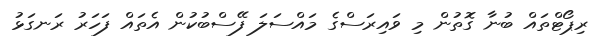
ރިޕޯޓްތައް ބުނާ ގޮތުން މި ވައިރަސްގެ މައްސަލަ ފޭސްބުކުން އެތައް ފަހަރު ރަނގަޅު